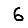
Digit: 6